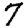
Digit: 7